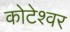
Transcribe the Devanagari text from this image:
कोटेश्‍वर